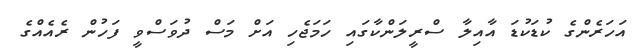
އަހަރެންގެ ކުޑަކުޑަ އާއިލާ ސްރީލަންކާގައި ހަމަޖެހި އަށް މަސް ދުވަސްވީ ފަހުން ރެއެއްގެ